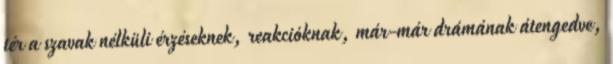
tér a szavak nélküli érzéseknek, reakcióknak, már-már drámának átengedve,